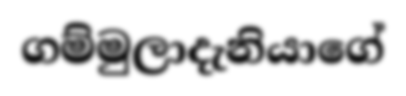
ගම්මුලාදැනියාගේ